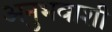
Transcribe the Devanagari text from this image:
अनुभवाशी